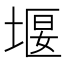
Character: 堰